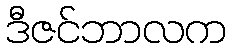
ဒီဇင်ဘာလက